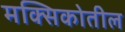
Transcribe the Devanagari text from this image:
मक्सिकोतील